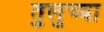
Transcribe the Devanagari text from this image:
तुलुच्या